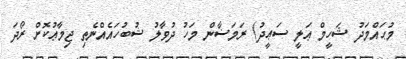
މުޙައްމަދު ޝަހީމް ޢަލީ ސަޢީދު) ރަމަޟާން މަހު ދުވާލު ޝުބުހައެއްނެތި ޖިމާޢުކޮށް ރޯދަ